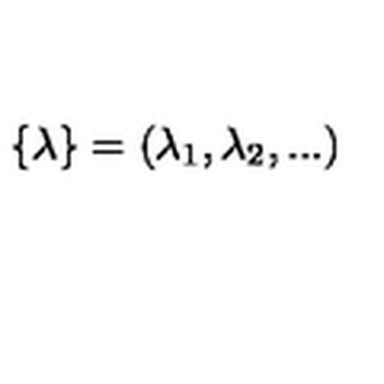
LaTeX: \{ \lambda \} = ( \lambda _ { 1 } , \lambda _ { 2 } , . . . )